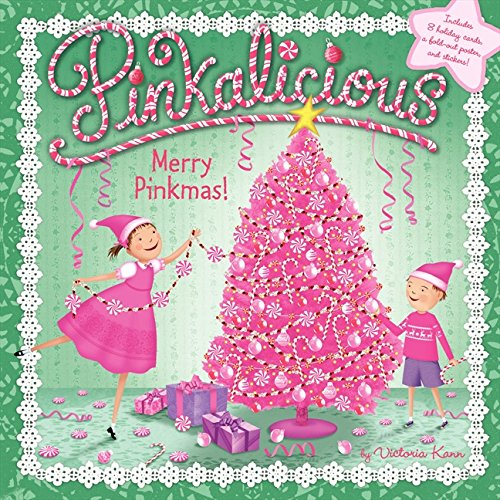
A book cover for Pinkalicious: Merry Pinkmas!; Victoria Kann; Children's Books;